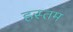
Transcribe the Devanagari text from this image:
हस्तम